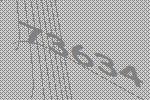
73634